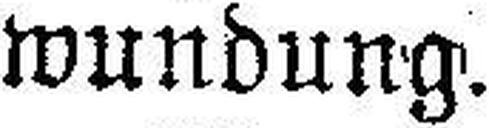
wundung.